Korraldusvalitsus, lk 105
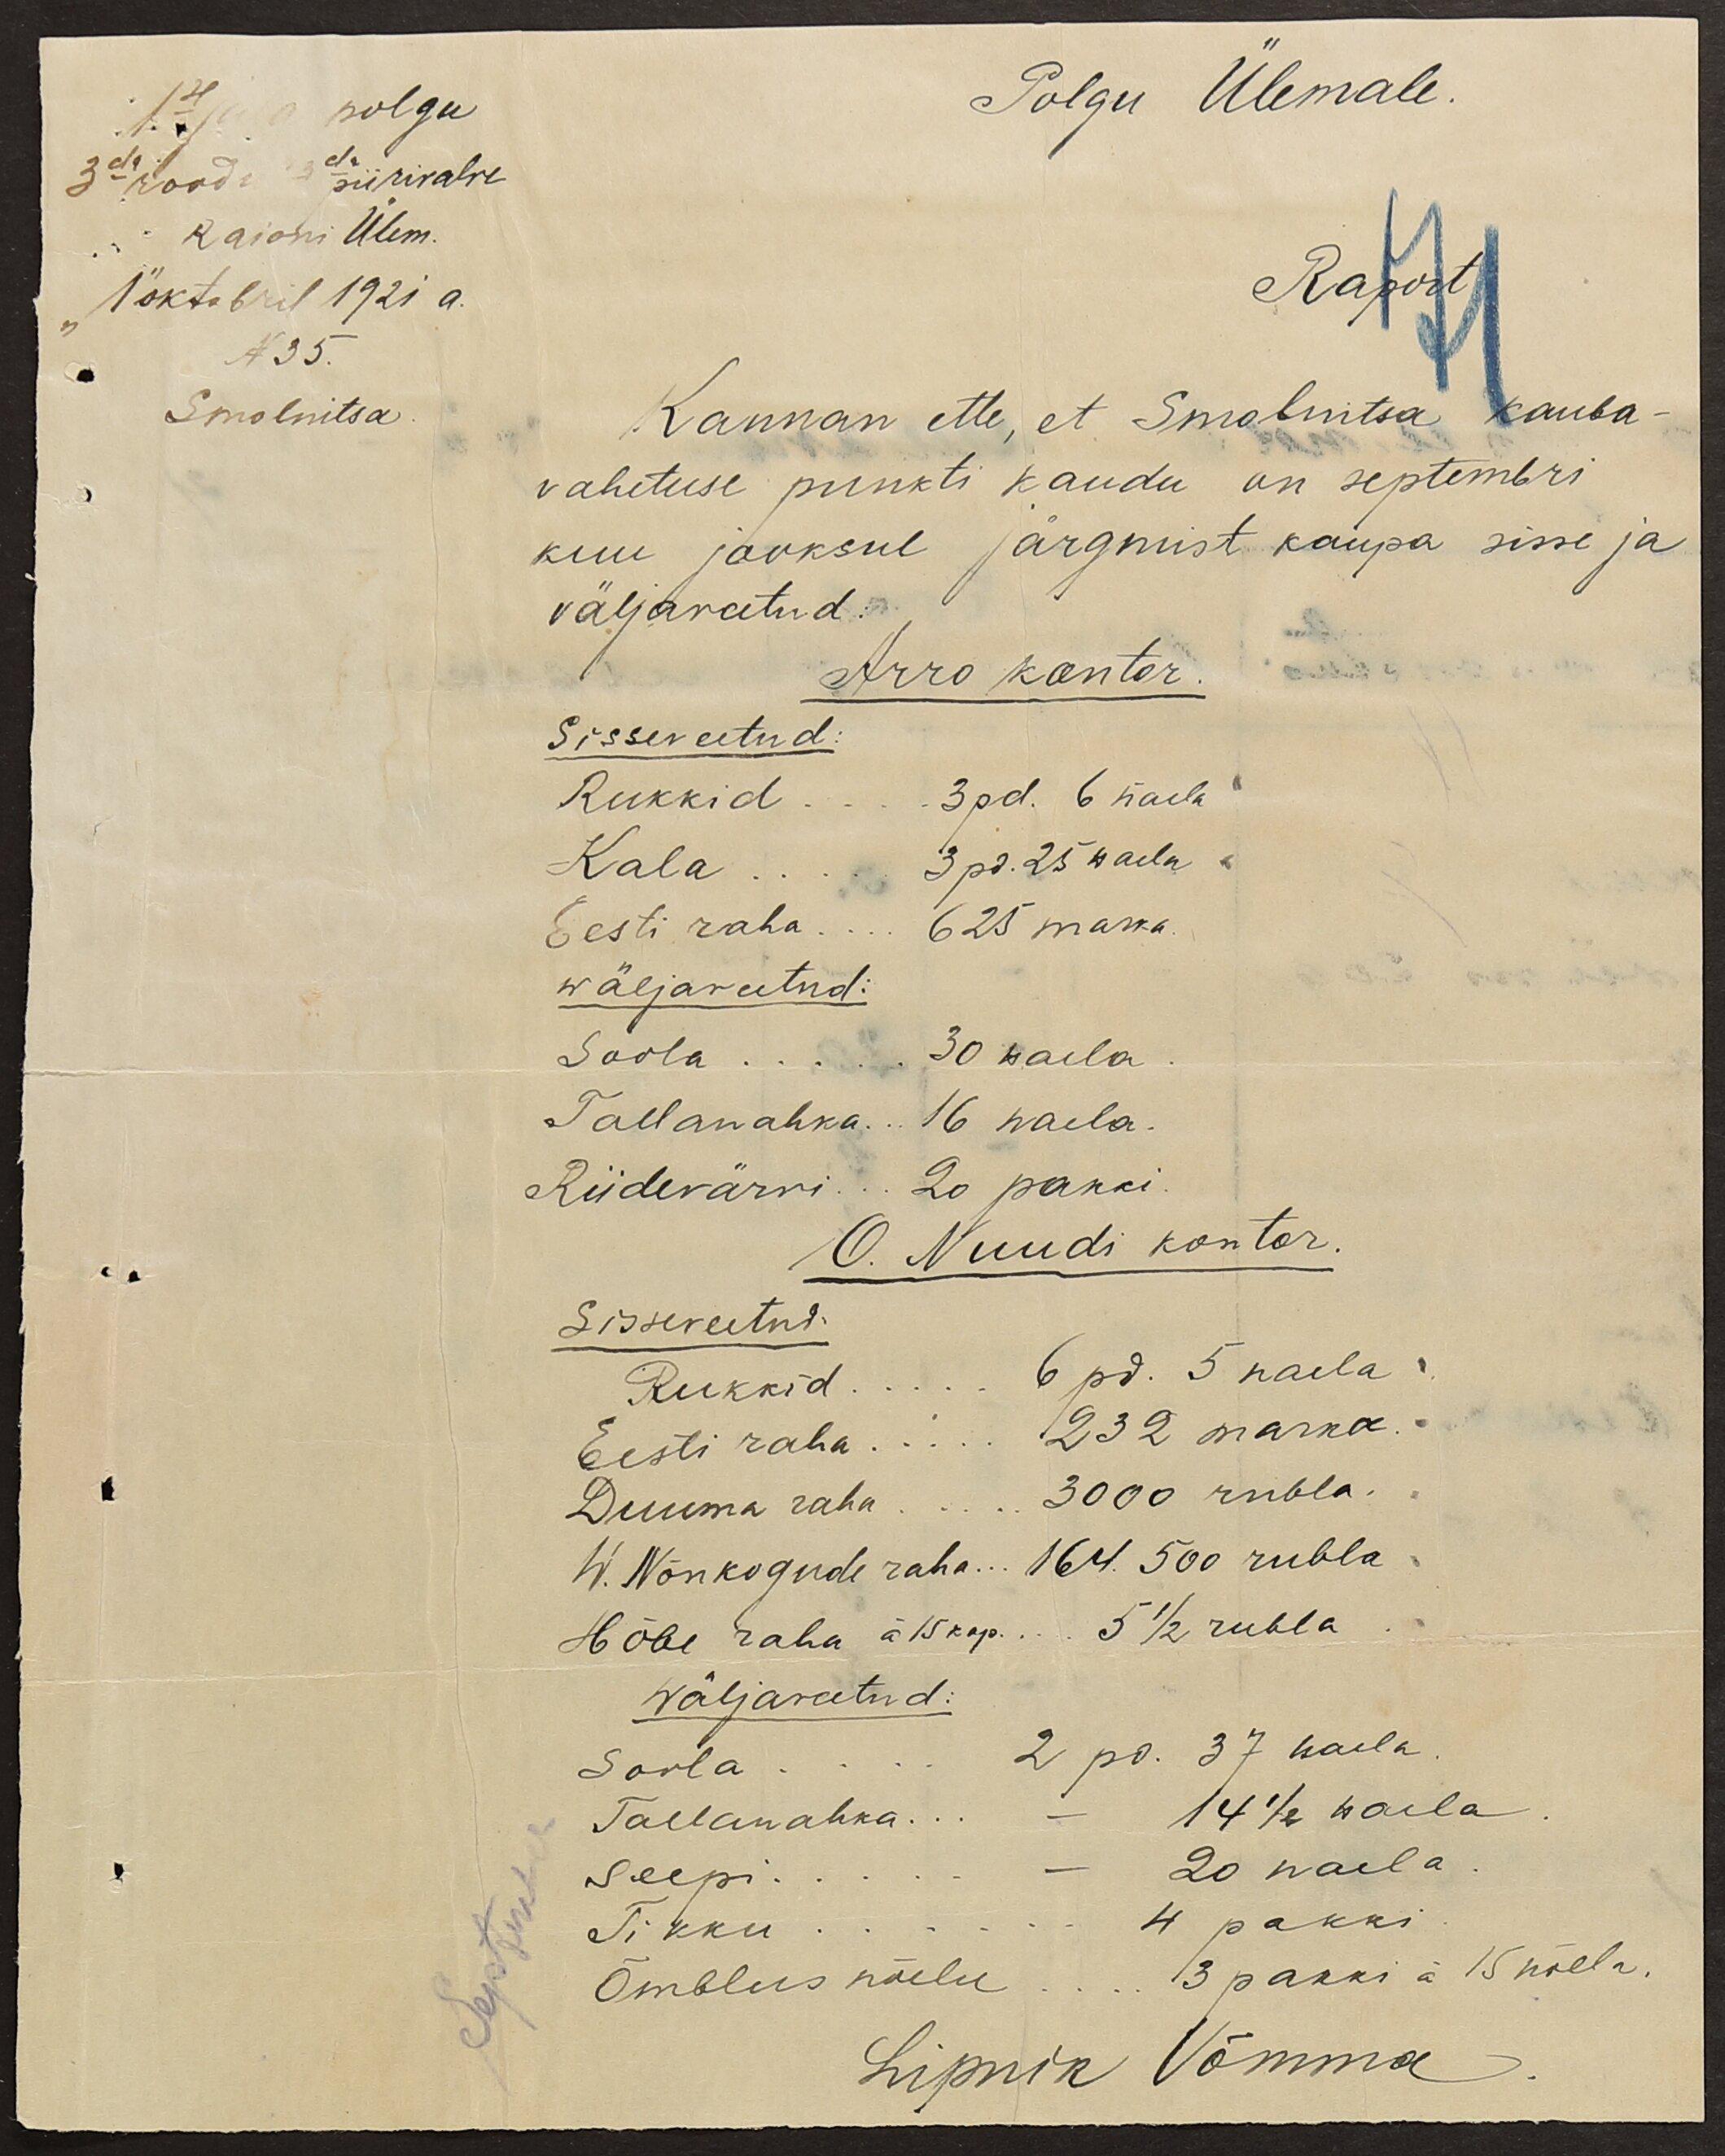
1se jala polgu
3da roodu 3da piirivalve
Polgu Ülemale.
Raioni Ülem.
1" oktobril 1921 a.
Raport
No 35.
Smolnitsa
Kannan ette, et Smolnitsa kauba-
vahetuse punkti kaudu on septembri
kuu jooksul järgmist kaupa sisse ja
väljaveetud:
Arro kontor.
Sisseveetud:
Rukkid... 3pd. 6 naela
Kala.... 3 pd. 25 naela
Eesti raha.... 625 marka.
wäljaveetud:
Soola.... 30 naela
Tallanahka 16 naela.
Riidevärvi... 20 pakki.
O. Nuudi kontor.
Sisseveetud.
Rukkid.... 6 pd. 5 naela
Eesti raha.... 232 marka.
Duuma raha.... 3000 rubla.
W. Nõukogude raha... 164. 500 rubla.
Hõbe raha á 15 kop... 5 1/2 rubla.
wäljaveetud:
Soola.... 2 pd. 37 naela
Tallanahka... - 14 1/2 naela
September
seepi... 20 naela
Tikku 4 pakki
Õmblus nõelu... 3 pakki á 15 nõela.
Lipnik Võmma